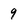
Character: 9